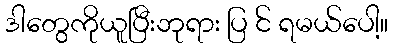
ဒါတွေကိုယူပြီးဘုရား ပြ င် ရမယ်ပေါ့။